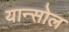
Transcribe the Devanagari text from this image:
यान्सोल